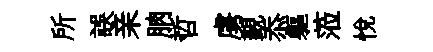
所誤亲朒哲虜覲忝軀蒞悅